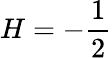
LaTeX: H=-\frac 12